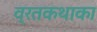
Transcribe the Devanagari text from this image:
व्रतकथाका